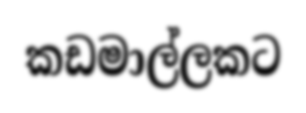
කඩමාල්ලකට